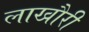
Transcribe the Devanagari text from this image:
लाखौरी